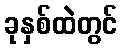
ခုနှစ်ထဲတွင်